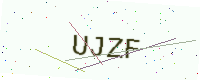
Text: UJZF